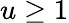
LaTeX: u\geq 1